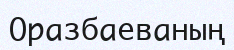
Оразбаеваның